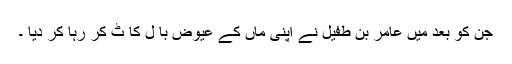
جن کو بعد میں عامر بن طفیل نے اپنی ماں کے عیوض با ل کا ٹ کر رہا کر دیا ۔